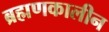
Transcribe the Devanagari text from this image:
ब्रह्मणकालीन